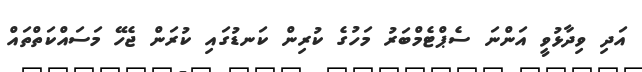
އަދި ވިދާޅުވީ އަންނަ ސެޕްޓެމްްބަރު މަހުގެ ކުރިން ކަނޑުގައި ކުރަން ޖެހޭ މަސައްކަތްތައް